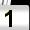
Digit: 1